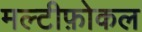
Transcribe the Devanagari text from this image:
मल्टीफ़ोकल